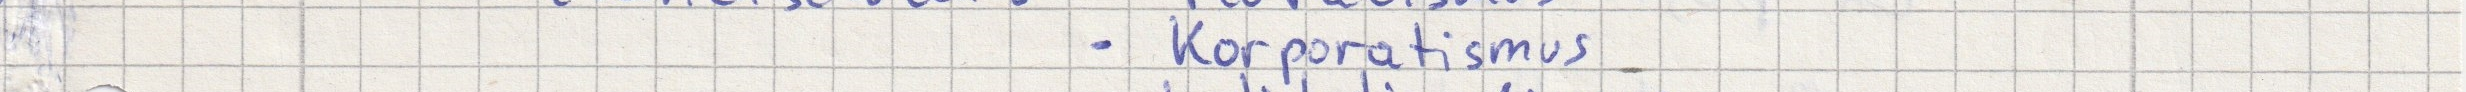
- Korporatismus